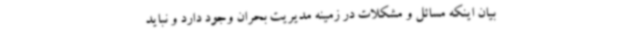
بیان اینکه مسائل و مشکلات در زمینه مدیریت بحران وجود دارد و نباید